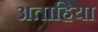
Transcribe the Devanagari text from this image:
अताहिया